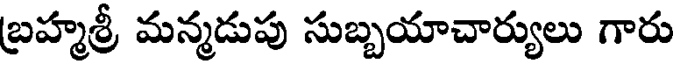
బ్రహ్మశ్రీ మన్మడుపు సుబ్బయాచార్యులు గారు